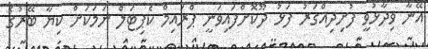
އޭނާ ވިދާޅުވީ ފުށިދިއްގަރު ފަޅު ދޫކޮށްފައިވަނީ ޕްރައިމް ކެޕިޓަލް ނަމަކަށް ކިޔާ ބޭރުގެ